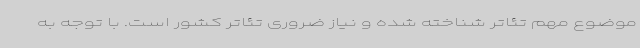
موضوع مهم تئاتر شناخته شده و نیاز ضروری تئاتر کشور است. با توجه به